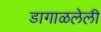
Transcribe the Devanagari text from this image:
डागाळलेली